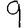
Digit: 9